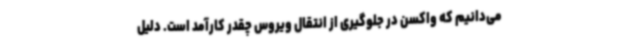
می‌دانیم که واکسن در جلوگیری از انتقال ویروس چقدر کارآمد است. دلیل